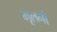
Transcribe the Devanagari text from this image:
भूलनी